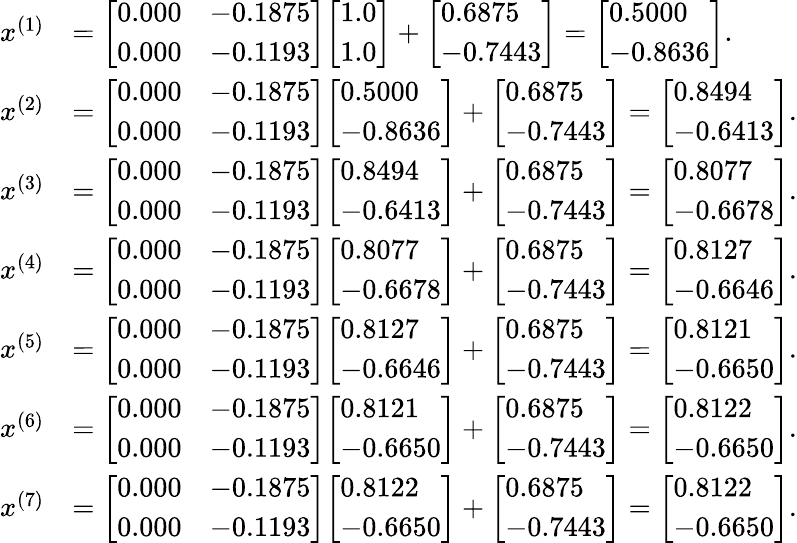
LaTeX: {\begin{array}{rl}{x^{(1)}}&{={\left[\begin{array}{ll}{0.000}&{-0.1875}\\ {0.000}&{-0.1193}\end{array}\right]}{\left[\begin{array}{l}{1.0}\\ {1.0}\end{array}\right]}+{\left[\begin{array}{l}{0.6875}\\ {-0.7443}\end{array}\right]}={\left[\begin{array}{l}{0.5000}\\ {-0.8636}\end{array}\right]}.}\\ {x^{(2)}}&{={\left[\begin{array}{ll}{0.000}&{-0.1875}\\ {0.000}&{-0.1193}\end{array}\right]}{\left[\begin{array}{l}{0.5000}\\ {-0.8636}\end{array}\right]}+{\left[\begin{array}{l}{0.6875}\\ {-0.7443}\end{array}\right]}={\left[\begin{array}{l}{0.8494}\\ {-0.6413}\end{array}\right]}.}\\ {x^{(3)}}&{={\left[\begin{array}{ll}{0.000}&{-0.1875}\\ {0.000}&{-0.1193}\end{array}\right]}{\left[\begin{array}{l}{0.8494}\\ {-0.6413}\end{array}\right]}+{\left[\begin{array}{l}{0.6875}\\ {-0.7443}\end{array}\right]}={\left[\begin{array}{l}{0.8077}\\ {-0.6678}\end{array}\right]}.}\\ {x^{(4)}}&{={\left[\begin{array}{ll}{0.000}&{-0.1875}\\ {0.000}&{-0.1193}\end{array}\right]}{\left[\begin{array}{l}{0.8077}\\ {-0.6678}\end{array}\right]}+{\left[\begin{array}{l}{0.6875}\\ {-0.7443}\end{array}\right]}={\left[\begin{array}{l}{0.8127}\\ {-0.6646}\end{array}\right]}.}\\ {x^{(5)}}&{={\left[\begin{array}{ll}{0.000}&{-0.1875}\\ {0.000}&{-0.1193}\end{array}\right]}{\left[\begin{array}{l}{0.8127}\\ {-0.6646}\end{array}\right]}+{\left[\begin{array}{l}{0.6875}\\ {-0.7443}\end{array}\right]}={\left[\begin{array}{l}{0.8121}\\ {-0.6650}\end{array}\right]}.}\\ {x^{(6)}}&{={\left[\begin{array}{ll}{0.000}&{-0.1875}\\ {0.000}&{-0.1193}\end{array}\right]}{\left[\begin{array}{l}{0.8121}\\ {-0.6650}\end{array}\right]}+{\left[\begin{array}{l}{0.6875}\\ {-0.7443}\end{array}\right]}={\left[\begin{array}{l}{0.8122}\\ {-0.6650}\end{array}\right]}.}\\ {x^{(7)}}&{={\left[\begin{array}{ll}{0.000}&{-0.1875}\\ {0.000}&{-0.1193}\end{array}\right]}{\left[\begin{array}{l}{0.8122}\\ {-0.6650}\end{array}\right]}+{\left[\begin{array}{l}{0.6875}\\ {-0.7443}\end{array}\right]}={\left[\begin{array}{l}{0.8122}\\ {-0.6650}\end{array}\right]}.}\end{array}}